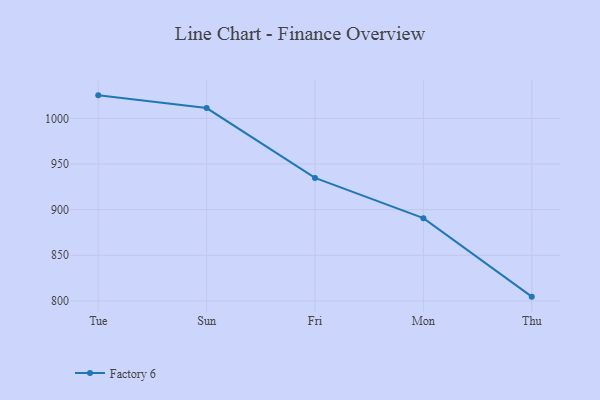
{"axis": {"x": "Day", "y": "Headcount"}, "legend": ["Factory 6"], "data": [{"x": "Tue", "y": 1025.2, "type": "Factory 6"}, {"x": "Sun", "y": 1011.3, "type": "Factory 6"}, {"x": "Fri", "y": 934.8, "type": "Factory 6"}, {"x": "Mon", "y": 890.7, "type": "Factory 6"}, {"x": "Thu", "y": 804.7, "type": "Factory 6"}]}